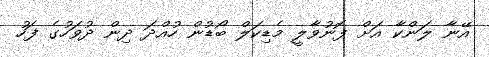
އޭނާ ލަންކާ އަށް ފޮނުވާލީ މެޑިކަލް ބޯޑުން ހުއްދަ ދިން ދުވަހުގެ ފަހު